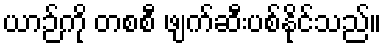
ယာဉ်ကို တစစီ ဖျက်ဆီးပစ်နိုင်သည်။